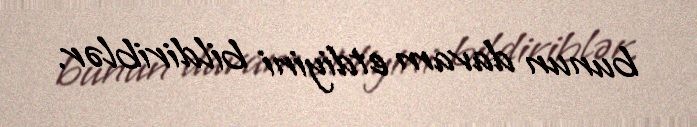
bunun davam etdiyini bildiriblər.